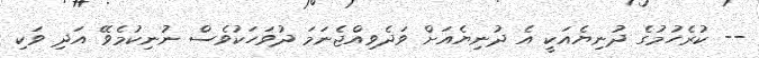
-- ކުރެހުމުގެ ދުނިޔެއަކީ އެ ދުނިޔެއަށް ވަދެވިއްޖެނަމަ ދުވަހަކުވެސް ނުނިކުމެވޭ އަދި ވަކި